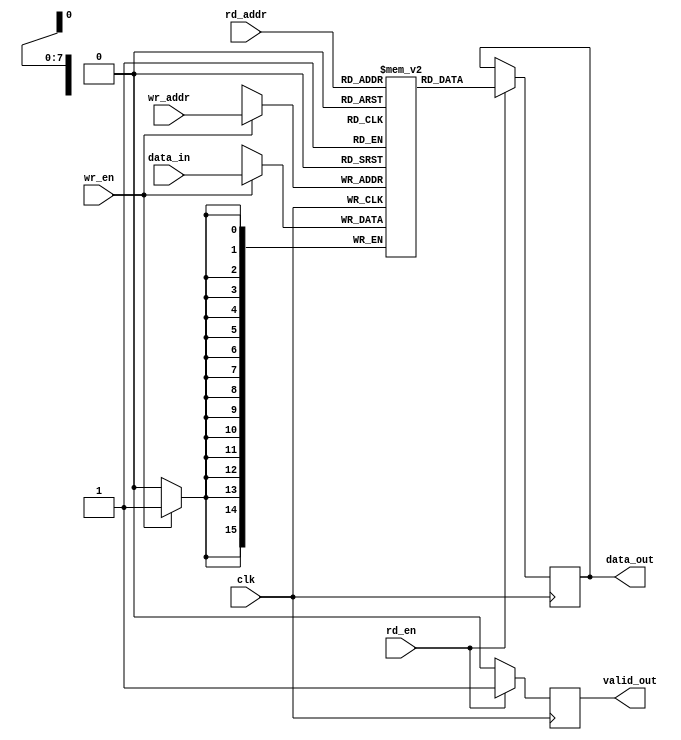
//this should be transformed into a bram when doing a synthesis in yosys 0.8
//and it should be equivalent to the explicit_bram.v

module implicit_bram(input wire clk, input wire rd_en, input wire wr_en, input wire [7:0] rd_addr, input wire [7:0] wr_addr, input wire [15:0] data_in, output reg [15:0] data_out, output reg valid_out);

   reg [15:0] memory [0:255];
   integer i;

   initial begin
      for(i = 0; i <= 255; i=i+1) begin
         memory[i] = 16'b001;
      end
      // data_out = 0; //should not exist if we want bram to be inferred
      valid_out = 0;
   end

   always @(posedge clk)
   begin
      // default
      valid_out <= 0;

      if(wr_en) begin
         memory[wr_addr] <= data_in;
      end
      if (rd_en) begin
         data_out <= memory[rd_addr];
         valid_out <= 1;
      end
   end
endmodule